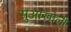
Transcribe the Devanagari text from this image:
सुआखोली